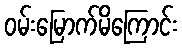
ဝမ်းမြောက်မိကြောင်း